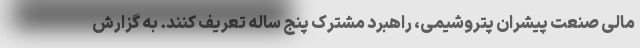
مالی صنعت پیشران پتروشیمی، راهبرد مشترک پنج ساله تعریف کنند. به گزارش